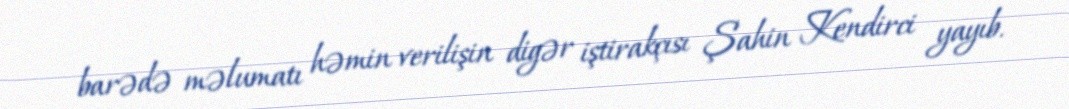
barədə məlumatı həmin verilişin digər iştirakçısı Şahin Kendirci yayıb.